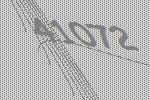
41072